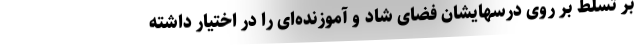
بر تسلط بر روی درسهایشان فضای شاد و آموزنده‌ای را در اختیار داشته